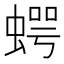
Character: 𧍞